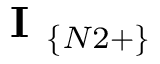
\textbf { I } _ { \{ N 2 + \} }